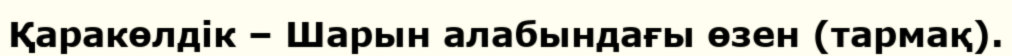
Қаракөлдік – Шарын алабындағы өзен (тармақ).